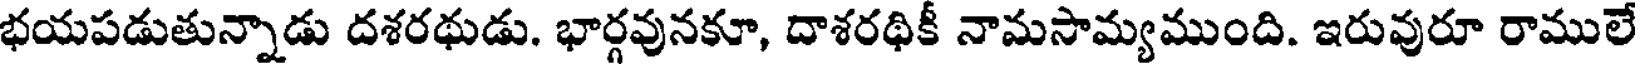
భయపడుతున్నాడు దశరథుడు. భార్గవునకూ, దాశరథికీ నామసామ్యముంది. ఇరువురూ రాములే